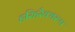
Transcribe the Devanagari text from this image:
हरिहरैक्यरूप